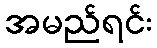
အမည်ရင်း